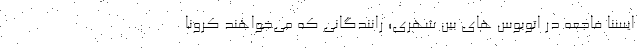
ایسنا فاجعه در اتوبوس های بین شهری؛ رانندگانی که می‌خواهند کرونا